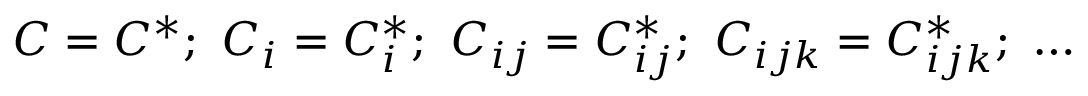
C = C ^ { \ast } ; \ C _ { i } = C _ { i } ^ { \ast } ; \ C _ { i j } = C _ { i j } ^ { \ast } ; \ C _ { i j k } = C _ { i j k } ^ { \ast } ; \ \ldots